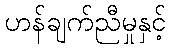
ဟန်ချက်ညီမှုနှင့်